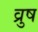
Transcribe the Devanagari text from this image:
व्रुष